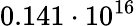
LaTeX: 0.141\cdot 10^{16}